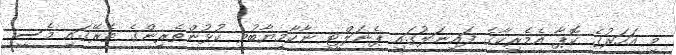
މި އަހަރުގެ ކޮޕާ އެމެރިކާގެ ފައިނަލުގައި ޕެނަލްޓީ ނާކާމިޔާބުވި ކުޅުންތެރިންގެ ތެރޭގައި މެސީ